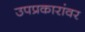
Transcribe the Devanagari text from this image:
उपप्रकारांवर